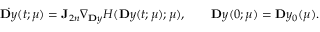
\dot { \ensuremath Ḋ \mathbf Ḋ y Ḍ Ḍ } ( t ; \ensuremath { \boldsymbol Ḋ \mu Ḍ } ) = \mathbf J _ { 2 n } \nabla _ { \ensuremath Ḋ \mathbf Ḋ y Ḍ Ḍ } H ( \ensuremath { \mathbf Ḋ y Ḍ } ( t ; \ensuremath { \boldsymbol Ḋ \mu Ḍ } ) ; \ensuremath { \boldsymbol Ḋ \mu Ḍ } ) , \qquad \ensuremath { \mathbf Ḋ y Ḍ } ( 0 ; \ensuremath { \boldsymbol Ḋ \mu Ḍ } ) = \ensuremath { \mathbf Ḋ y Ḍ } _ { 0 } ( \ensuremath { \boldsymbol Ḋ \mu Ḍ } ) .